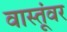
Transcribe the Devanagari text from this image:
वास्तूंवर